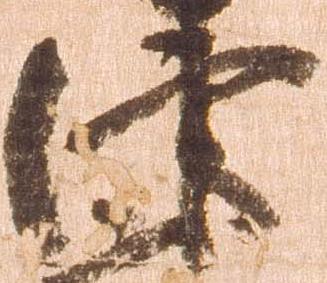
津